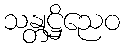
သန္တုဋ္ဌိညေဝ